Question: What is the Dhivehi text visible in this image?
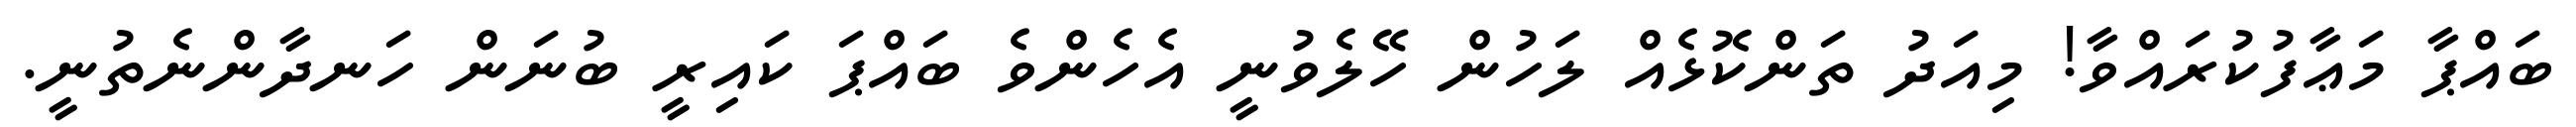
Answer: ބައްޕާ މަޢާފުކުރައްވާ! މިއަދު ތަންކޮޅެއް ލަހުން ހޭލެވުނީ އެހެންވެ ބައްޕަ ކައިރީ ބުނަން ހަނދާންނެތުނީ.